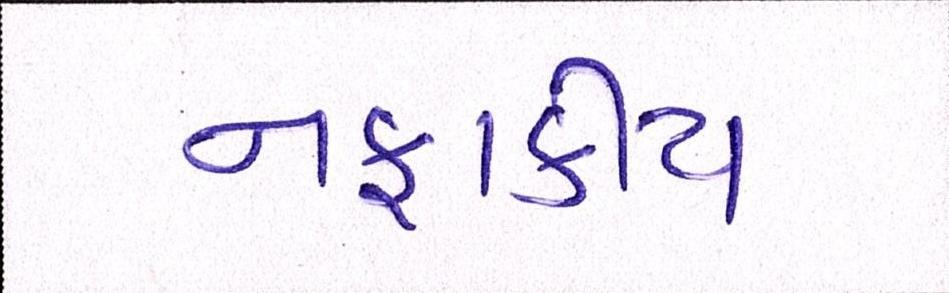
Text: નફાકીય